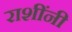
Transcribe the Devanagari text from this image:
राशींनी